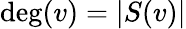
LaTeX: \deg(v)=|S(v)|